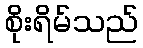
စိုးရိမ်သည်